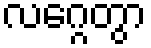
လဂ္ဂေတွာ